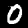
Label: 0